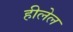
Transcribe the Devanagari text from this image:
हीलेल